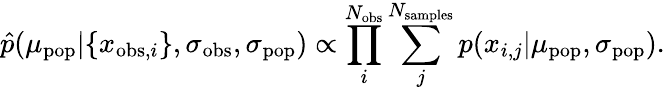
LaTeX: \hat{p}(\mu_{\mathrm{pop}}|\{ x_{\mathrm{obs},i}\} ,\sigma_{\mathrm{obs}},\sigma_{\mathrm{pop}})\propto\prod_{i}^{N_{\mathrm{obs}}}\sum_{j}^{N_{\mathrm{samples}}}p(x_{i,j}|\mu_{\mathrm{pop}},\sigma_{\mathrm{pop}}).